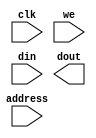
/* ***********************************************************************
  The Free IP Project
  Free-RISC8 -- Verilog 8-bit Microcontroller
  (c) 1999, The Free IP Project and Thomas Coonan


  FREE IP GENERAL PUBLIC LICENSE
  TERMS AND CONDITIONS FOR USE, COPYING, DISTRIBUTION, AND MODIFICATION

  1.  You may copy and distribute verbatim copies of this core, as long
      as this file, and the other associated files, remain intact and
      unmodified.  Modifications are outlined below.  
  2.  You may use this core in any way, be it academic, commercial, or
      military.  Modified or not.  
  3.  Distribution of this core must be free of charge.  Charging is
      allowed only for value added services.  Value added services
      would include copying fees, modifications, customizations, and
      inclusion in other products.
  4.  If a modified source code is distributed, the original unmodified
      source code must also be included (or a link to the Free IP web
      site).  In the modified source code there must be clear
      identification of the modified version.
  5.  Visit the Free IP web site for additional information.
      http://www.free-ip.com

*********************************************************************** */

//
// Synchornous Data RAM, 12x2048
//
// Replace with your actual memory model..
//
module pram (
   clk,
   address,
   we,
   din,
   dout
);

input		clk;
input [10:0]	address;
input		we;
input [11:0]	din;
output [11:0]	dout;

// synopsys translate_off
//parameter word_depth = 2048;
//
//reg [10:0]	address_latched;
//
//// Instantiate the memory array itself.
//reg [11:0]	mem[0:word_depth-1];
//
//// Latch address
//always @(posedge clk)
//   address_latched <= address;
//   
//// READ
//assign dout = mem[address_latched];
//
//// WRITE
//always @(posedge clk)
//   if (we) mem[address] <= din;
//
// synopsys translate_on

endmodule